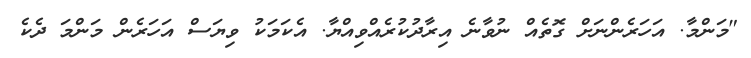
"މަންމާ. އަހަރެންނަށް ގޮތެއް ނުވާނެ އިރާދުކުރެއްވިއްޔާ. އެކަމަކު ވިޔަސް އަހަރެން މަންމަ ދެކެ